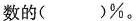
数的()%。